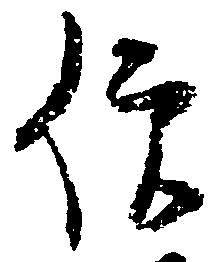
僧